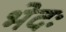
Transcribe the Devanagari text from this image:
भेदः